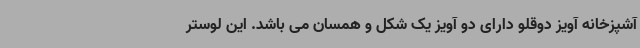
آشپزخانه آویز دوقلو دارای دو آویز یک شکل و همسان می باشد. این لوستر